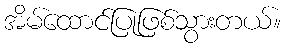
အိမ်ထောင်ပြုဖြစ်သွားတယ်။